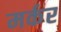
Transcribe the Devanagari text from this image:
मर्कर